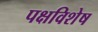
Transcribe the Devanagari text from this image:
पक्षविशेष